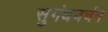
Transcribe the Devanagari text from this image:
सुगंधचर्चन